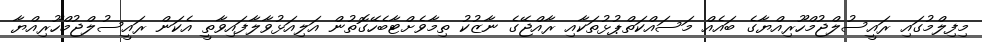
މިފިލްމުގައި ރައީސުލްޖުމްހޫރިއްޔާގެ ބައެއް މަސައްކަތްޕުޅުތަކާއި ރާއްޖޭގެ ނާޒުކު ތިމާވެށްޓާބެހޭގޮތުން އަލިއަޅުވާލާފައިވާތީ އެކަން ރައީސުލްޖުމްހޫރިއްޔާ